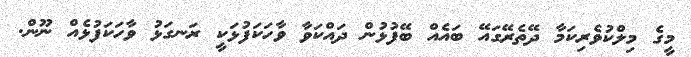
މީގެ މިލްކުވެރިކަމާ ދޭތެރޭގައޭ ބައެއް ބޭފުޅުން ދައްކަވާ ވާހަކަފުޅަކީ ރަނގަޅު ވާހަކަފުޅެއް ނޫން.